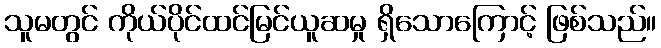
သူမတွင် ကိုယ်ပိုင်ထင်မြင်ယူဆမှု ရှိသောကြောင့် ဖြစ်သည်။